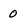
Character: 0